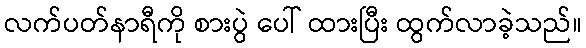
လက်ပတ်နာရီကို စားပွဲ ပေါ် ထားပြီး ထွက်လာခဲ့သည်။